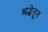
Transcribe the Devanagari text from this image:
श्रद्धेतून